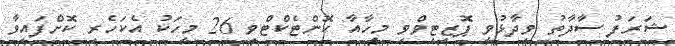
ޝަރަފު ސާދާތު ވިދާޅުވީ ޕޮޒިޓިވްވި މީހާއާ ކޮންޓެކްޓްވި 26 މީހަކު އެކަހެރި ކޮށްފައިވާ